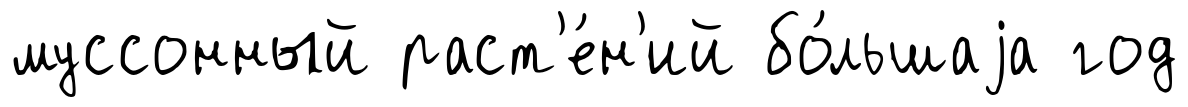
муссонный раст'е́н'ий бо́льшаjа год